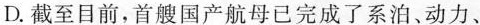
D.截至目前，首艘国产航母已完成了系泊、动力、